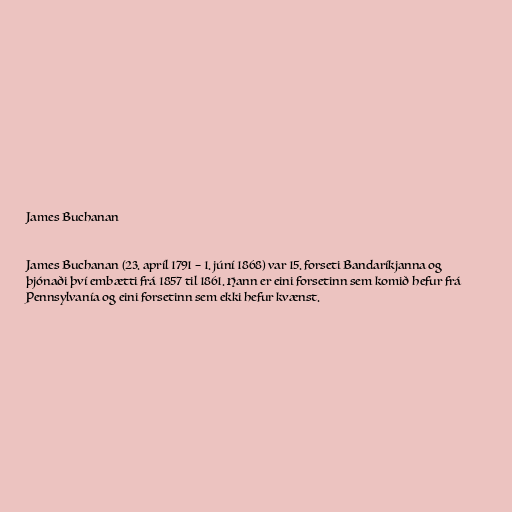
James Buchanan

James Buchanan (23. apríl 1791 – 1. júní 1868) var 15. forseti Bandaríkjanna og
þjónaði því embætti frá 1857 til 1861. Hann er eini forsetinn sem komið hefur frá
Pennsylvanía og eini forsetinn sem ekki hefur kvænst.